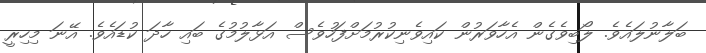
ބަލާނުލައެވެ. ލޯބިވެގެން އެހާވަރުން ކައިވެނިކުރުމަށްފަހުވެސް އަޅާލުމުގެ ބައި ހާދަ ކުޑައެވެ. އޭނަ މިހިރީ